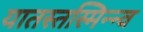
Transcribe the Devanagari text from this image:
यातस्तस्मिन्न्व